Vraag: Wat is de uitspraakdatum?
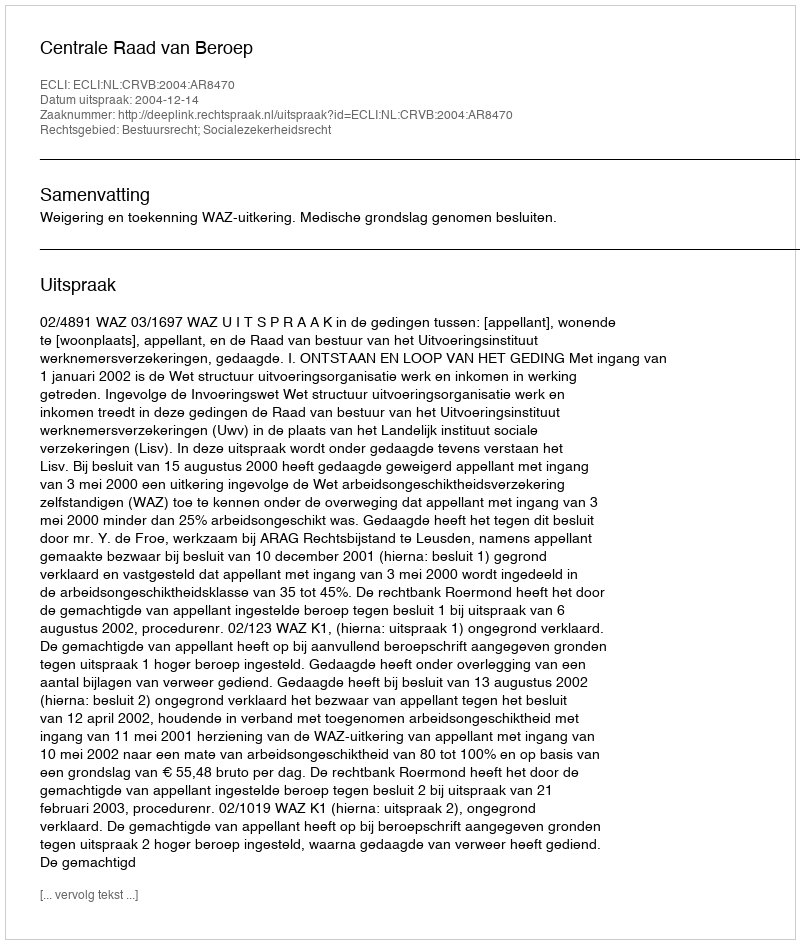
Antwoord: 2004-12-14